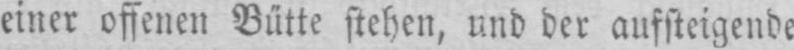
einer offenen Bütte stehen, und der aufsteigende